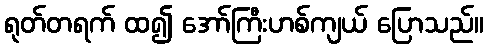
ရုတ်တရက် ထ၍ အော်ကြီးဟစ်ကျယ် ပြောသည်။